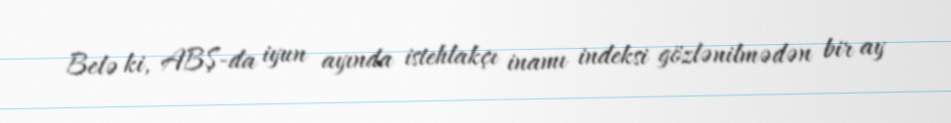
Belə ki, ABŞ-da iyun ayında istehlakçı inamı indeksi gözlənilmədən bir ay